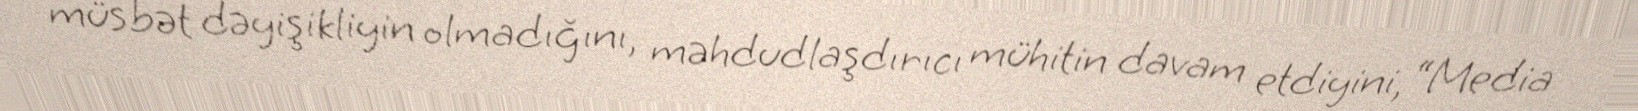
müsbət dəyişikliyin olmadığını, məhdudlaşdırıcı mühitin davam etdiyini, “Media